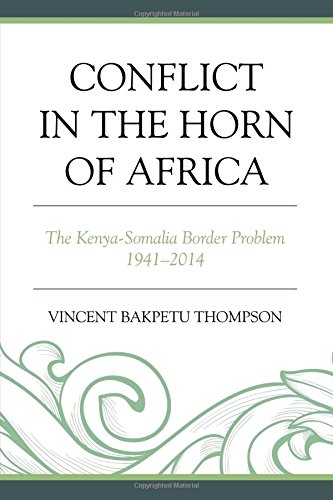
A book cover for Conflict in the Horn of Africa: The Kenya-Somalia Border Problem 1941-2014; Vincent Bakpetu Thompson; History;